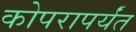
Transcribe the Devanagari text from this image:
कोपरापर्यंत